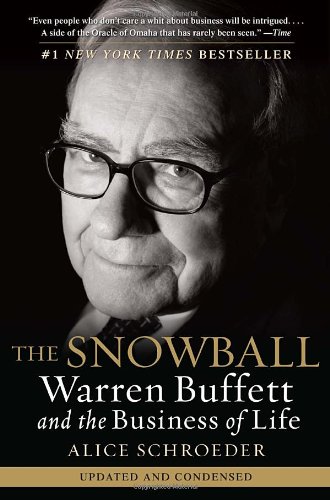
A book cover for The Snowball: Warren Buffett and the Business of Life; Alice Schroeder; Business & Money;